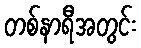
တစ်နာရီအတွင်း